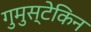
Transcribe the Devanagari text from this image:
गुमुस्टेकिन